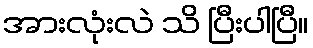
အားလုံးလဲ သိ ပြီးပါပြီ။